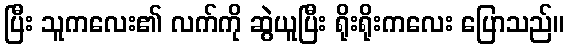
ပြီး သူကလေး၏ လက်ကို ဆွဲယူပြီး ရိုးရိုးကလေး ပြောသည်။